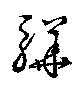
驊